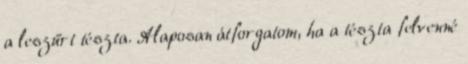
a leszűrt tészta. Alaposan átforgatom, ha a tészta felvenné